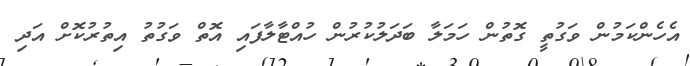
އެހެންކަމުން ވަގުތީ ގޮތުން ހަމަލާ ބަދަލުކުރުން ހުއްޓާލާފައި އޮތް ވަގުތު އިތުރުކޮށް އަދި